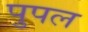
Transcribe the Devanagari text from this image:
पुपल